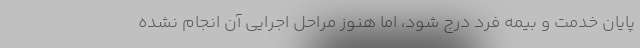
پایان خدمت و بیمه فرد درج شود، اما هنوز مراحل اجرایی آن انجام نشده